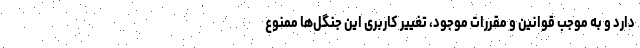
دارد و به موجب قوانین و مقررات موجود، تغییر کاربری این جنگل‌ها ممنوع